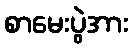
စာမေးပွဲအား